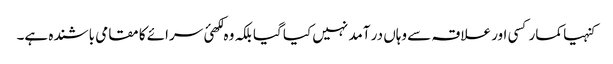
کنہیا کمار کسی اور علاقہ سے وہاں در آمد نہیں کیا گیا بلکہ وہ لکھئ سرائے کا مقامی باشندہ ہے۔